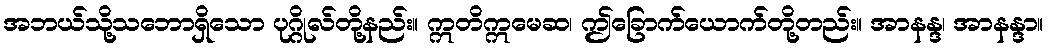
အဘယ်သို့သဘောရှိသော ပုဂ္ဂိုလ်တို့နည်း။ ဣတိဣမေဆ၊ ဤခြောက်ယောက်တို့တည်း။ အာနန္ဒ၊ အာနန္ဒာ။